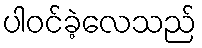
ပါဝင်ခဲ့လေသည်